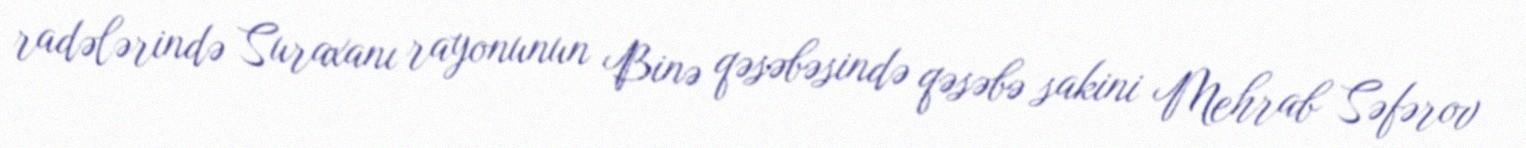
radələrində Suraxanı rayonunun Binə qəsəbəsində qəsəbə sakini Mehrab Səfərov